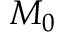
M _ { 0 }